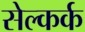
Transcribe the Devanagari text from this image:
सेल्कर्क